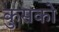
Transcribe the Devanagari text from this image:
कुसको